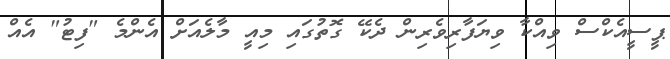
ޕީސީއެކްސް ވިއްކާ ވިޔަފާރިވެރިން ދެކޭ ގޮތުގައި މިއީ މާލެއަށް އެންމެ "ފިޓު" އެއް